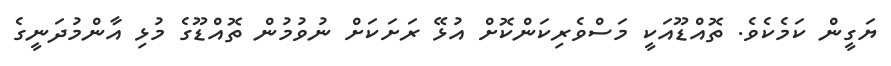
ޔަގީން ކަމެކެވެ. ތޮއްޑޫއަކީ މަސްވެރިކަންކޮށް އުޅޭ ރަށަކަށް ނުވުމުން ތޮއްޑޫގެ މުޅި އާންމުދަނީގެ